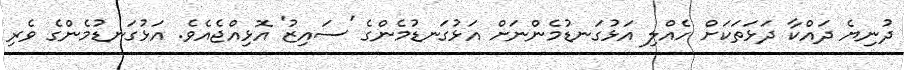
ދުނިޔެ ދައްކާ ދަޅަތަކަށް ހެއްލި އަޅުގަނޑުމެންނަށް އަޅުގަނޑުމެންގެ 'ސައިޒު' އޮޅިއްޖެއެވެ. އަޅުގަނޑުމެންގެ ވެރި